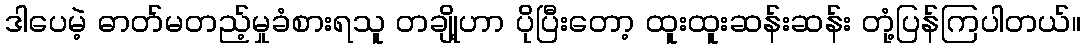
ဒါပေမဲ့ ဓာတ်မတည့်မှုခံစားရသူ တချို့ဟာ ပိုပြီးတော့ ထူးထူးဆန်းဆန်း တုံ့ပြန်ကြပါတယ်။